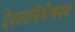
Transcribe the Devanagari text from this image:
देवताविशेषस्य